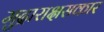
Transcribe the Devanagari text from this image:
मुद्राराक्षसकार